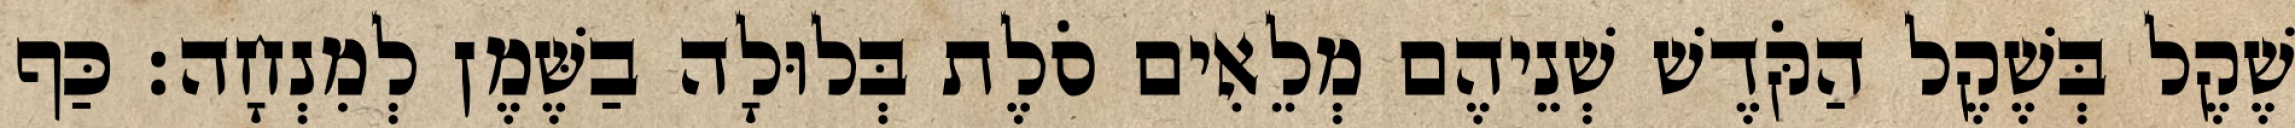
שֶׁקֶל בְּשֶׁקֶל הַקֹּדֶשׁ שְׁנֵיהֶם מְלֵאִים סֹלֶת בְּלוּלָה בַשֶּׁמֶן לְמִנְחָה׃ כַּף